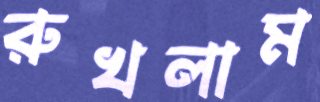
রুখলাম